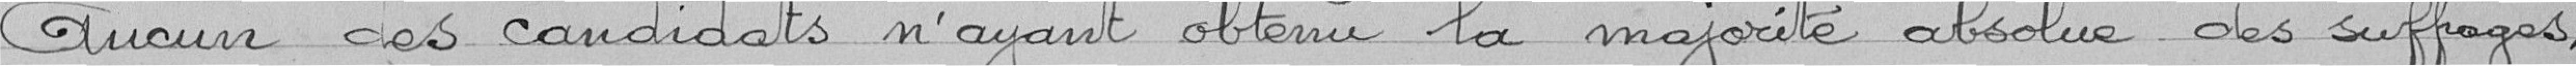
aucun des candidats n'ayant obtenu la majorité absolue des suffrages,